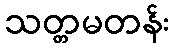
သတ္တမတန်း